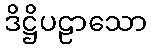
ဒိဋ္ဌိပဠာသော